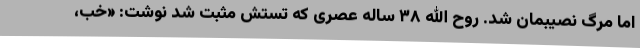
اما مرگ نصیبمان شد. روح الله ۳۸ ساله عصری که تستش مثبت شد نوشت: «خب،